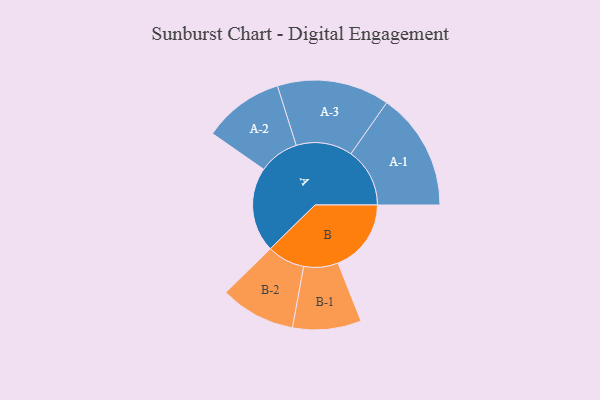
{"axis": {"x": "Segment", "y": "Value"}, "legend": ["", "A", "B"], "data": [{"x": "A", "y": 356, "type": ""}, {"x": "B", "y": 307, "type": ""}, {"x": "A-1", "y": 247, "type": "A"}, {"x": "A-2", "y": 169, "type": "A"}, {"x": "A-3", "y": 236, "type": "A"}, {"x": "B-1", "y": 144, "type": "B"}, {"x": "B-2", "y": 158, "type": "B"}]}